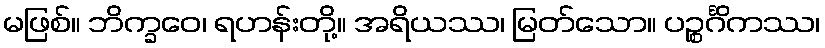
မဖြစ်။ ဘိက္ခဝေ၊ ရဟန်းတို့။ အရိယဿ၊ မြတ်သော။ ပဉ္စင်္ဂိကဿ၊